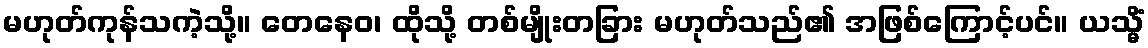
မဟုတ်ကုန်သကဲ့သို့။ တေနေဝ၊ ထိုသို့ တစ်မျိုးတခြား မဟုတ်သည်၏ အဖြစ်ကြောင့်ပင်။ ယသ္မိံ